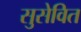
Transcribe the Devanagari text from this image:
सुसेवित